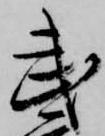
武